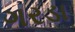
ગરડા